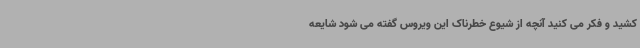
کشید و فکر می کنید آنچه از شیوع خطرناک این ویروس گفته می شود شایعه